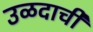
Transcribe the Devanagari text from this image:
उळदाची